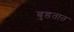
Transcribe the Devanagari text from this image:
बुडतात